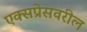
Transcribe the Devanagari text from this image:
एक्सप्रेसवरील